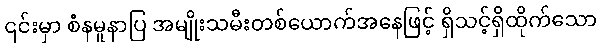
၎င်းမှာ စံနမူနာပြ အမျိုးသမီးတစ်ယောက်အနေဖြင့် ရှိသင့်ရှိထိုက်သော